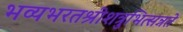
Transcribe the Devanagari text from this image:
भव्यभरतश्रीशत्रुभित्सन्नते